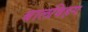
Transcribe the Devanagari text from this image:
बालविहग